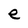
Character: e